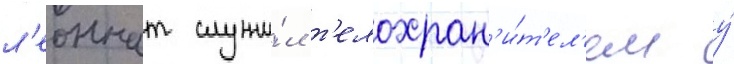
л'еоннат служи́л т'елохран'и́т'ел'ем у́